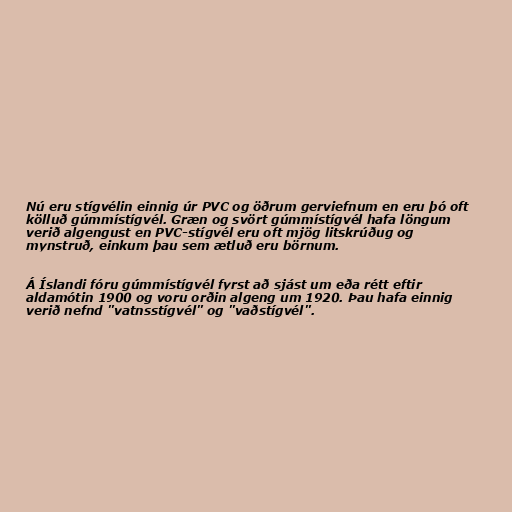
Nú eru stígvélin einnig úr PVC og öðrum gerviefnum en eru þó oft
kölluð gúmmístígvél. Græn og svört gúmmístígvél hafa löngum
verið algengust en PVC-stígvél eru oft mjög litskrúðug og
mynstruð, einkum þau sem ætluð eru börnum.

Á Íslandi fóru gúmmístígvél fyrst að sjást um eða rétt eftir
aldamótin 1900 og voru orðin algeng um 1920. Þau hafa einnig
verið nefnd "vatnsstígvél" og "vaðstígvél".